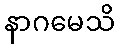
နာဂမေသိ